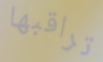
تراقبها